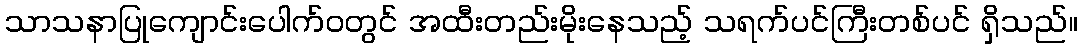
သာသနာပြုကျောင်းပေါက်ဝတွင် အထီးတည်းမိုးနေသည့် သရက်ပင်ကြီးတစ်ပင် ရှိသည်။